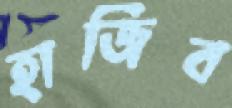
হাজিব